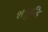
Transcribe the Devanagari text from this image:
शत्रुबुद्धि